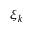
\xi _ { k }